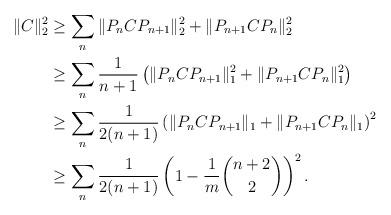
LaTeX: \begin{align*}\|C\|_2^2 &\ge \sum_n \|P_n C P_{n+1}\|_2^2 + \|P_{n+1} C P_n\|_2^2 \\&\ge \sum_n \frac{1}{n+1}\left(\|P_n C P_{n+1}\|_1^2 + \|P_{n+1} C P_n\|_1^2\right) \\&\ge \sum_n \frac{1}{2(n+1)}\left(\|P_n C P_{n+1}\|_1 + \|P_{n+1} C P_n\|_1\right)^2 \\&\ge \sum_n \frac{1}{2(n+1)} \left(1 - \frac{1}{m}\binom{n+2}{2}\right)^2.\end{align*}